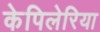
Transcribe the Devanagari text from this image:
केपिलेरिया